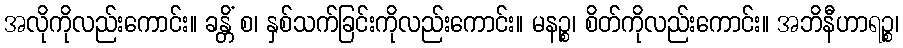
အလိုကိုလည်းကောင်း။ ခန္တိံ စ၊ နှစ်သက်ခြင်းကိုလည်းကောင်း။ မနဉ္စ၊ စိတ်ကိုလည်းကောင်း။ အဘိနီဟာရဉ္စ၊